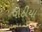
પોઠીયા